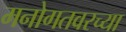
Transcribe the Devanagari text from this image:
मनोगतवरच्या